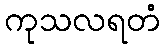
ကုသလရတံ